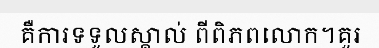
គឺការទទួលស្គាល់ ពីពិភពលោក។គួរ